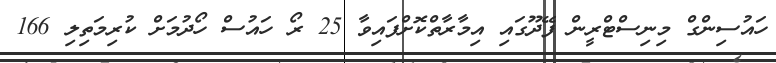
ހައުސިންގް މިނިސްޓްރީން ފޭދޫގައި އިމާރާތްކޮށްފައިވާ 25 ރޯ ހައުސް ހޯދުމަށް ކުރިމަތިލި 166